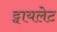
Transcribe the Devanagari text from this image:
ट्वायलेट